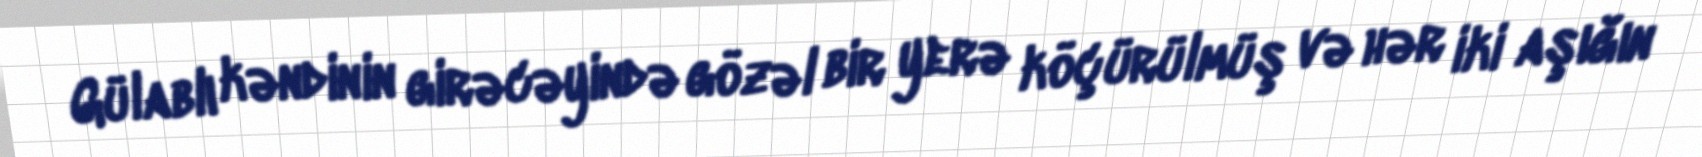
Gülablı kəndinin girəcəyində gözəl bir yerə köçürülmüş və hər iki aşığın